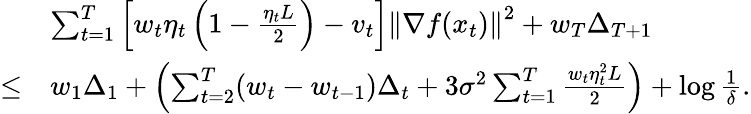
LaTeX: \begin{array}{rl}&{\sum_{t=1}^{T}\left[w_{t}\eta_{t}\left(1-\frac{\eta_{t}L}{2}\right)-v_{t}\right]\left\Vert\nabla f(x_{t})\right\Vert^{2}+w_{T}\Delta_{T+1}}\\ {\leq}&{w_{1}\Delta_{1}+\left(\sum_{t=2}^{T}(w_{t}-w_{t-1})\Delta_{t}+3\sigma^{2}\sum_{t=1}^{T}\frac{w_{t}\eta_{t}^{2}L}{2}\right)+\log\frac{1}{\delta}.}\end{array}